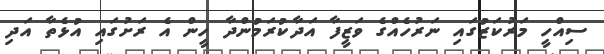
ސިއްހީ މަރުކަޒުގައި ނަރުހެއްގެ ވަޒީފާ އަދާކުރަމުންދާ ހީން އެ ރަށުގައި އުޅެތާ އަދި